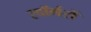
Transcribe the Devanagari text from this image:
स्वॉर्मरों